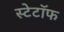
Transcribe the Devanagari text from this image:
स्टेटॉफ